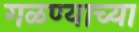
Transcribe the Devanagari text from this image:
गळण्याच्या